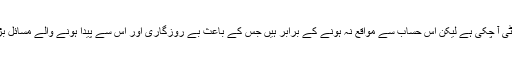
تعلیم میں بہت ورائٹی آ چکی ہے لیکن اس حساب سے مواقع نہ ہونے کے برابر ہیں جس کے باعث بے روزگاری اور اس سے پیدا ہونے والے مسائل بڑھتے جا رہے ہیں۔